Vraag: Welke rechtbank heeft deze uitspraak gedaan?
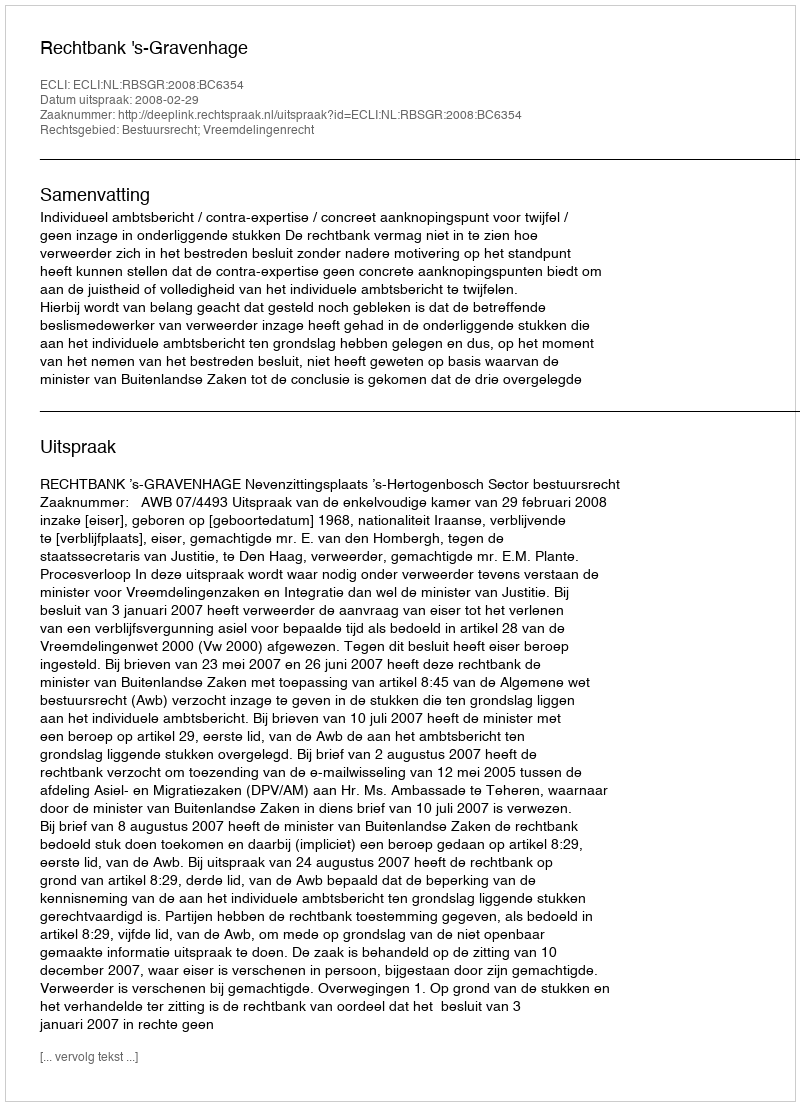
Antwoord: Rechtbank 's-Gravenhage